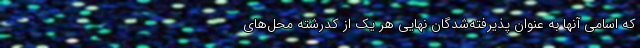
که اسامی آنها به‌ عنوان‌ پذیرفته‌شدگان‌ نهایی هر یک‌ از کدرشته محل‌های